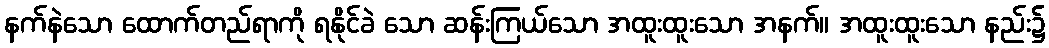
နက်နဲသော ထောက်တည်ရာကို ရနိုင်ခဲ သော ဆန်းကြယ်သော အထူးထူးသော အနက်။ အထူးထူးသော နည်း၌